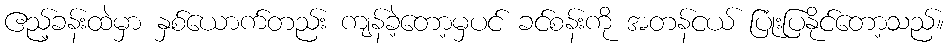
ဧည့်ခန်းထဲမှာ နှစ်ယောက်တည်း ကျန်ခဲ့တော့မှပင် ခင်စန်းကို အတန်ငယ် ပြုံးပြနိုင်တော့သည်။